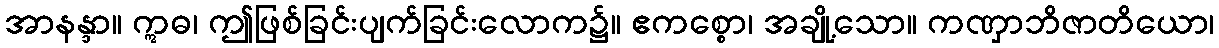
အာနန္ဒာ။ ဣဓ၊ ဤဖြစ်ခြင်းပျက်ခြင်းလောက၌။ ဧကစ္စော၊ အချို့သော။ ကဏှာဘိဇာတိယော၊